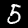
Label: 5